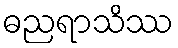
ဓညရာသိဿ